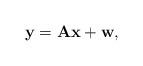
LaTeX: \begin{align*}\mathbf{y}=\mathbf{Ax}+\mathbf{w},\end{align*}